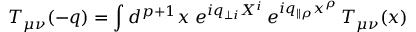
T _ { \mu \nu } ( - q ) = \int d ^ { p + 1 } x \; e ^ { i q _ { \perp i } X ^ { i } } \, e ^ { i q _ { \parallel \rho } x ^ { \rho } } \, T _ { \mu \nu } ( x )